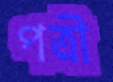
পত্রী